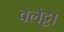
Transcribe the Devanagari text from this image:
वलेट्टा